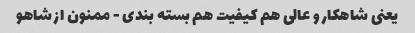
یعنی شاهکار و عالی هم کیفیت هم بسته بندی - ممنون از شاهو